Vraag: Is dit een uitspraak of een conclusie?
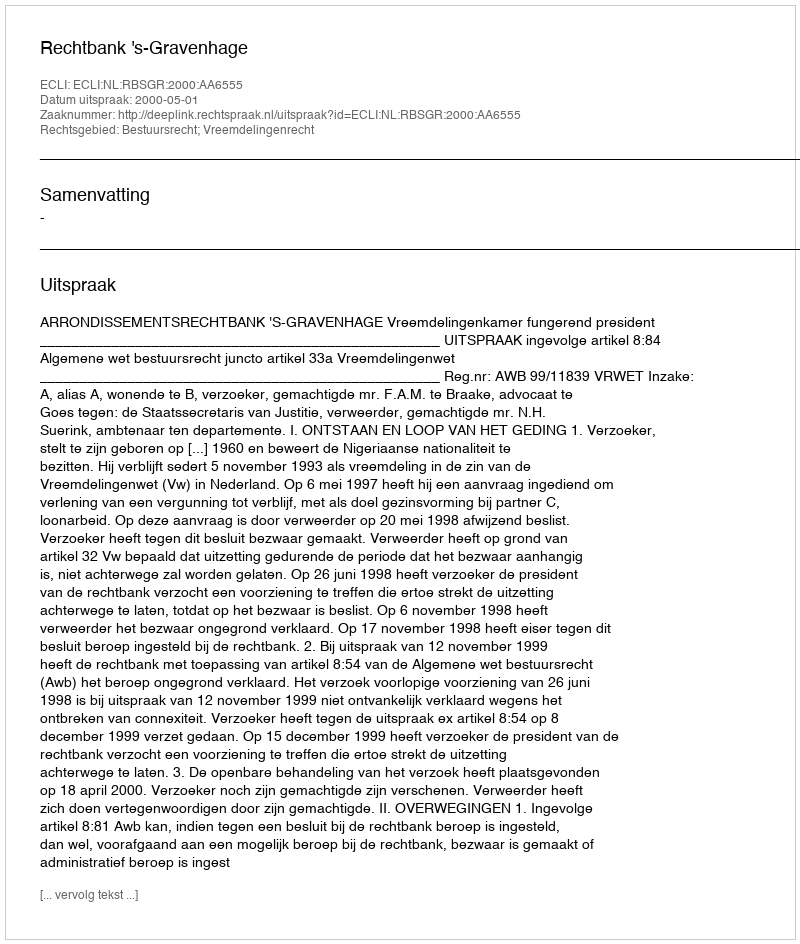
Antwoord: Uitspraak